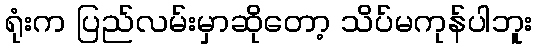
ရုံးက ပြည်လမ်းမှာဆိုတော့ သိပ်မကုန်ပါဘူး